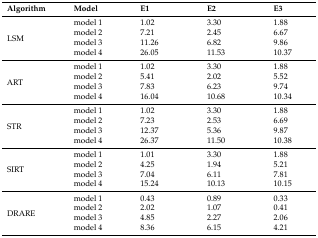
| Algorithm | Model | E1 | E2 | E3 |
 | --- | --- | --- | --- | --- |
 | <ROWSPAN=4> LSM | model 1 | 1.02 | 3.30 | 1.88 |
 | model 2 | 7.21 | 2.45 | 6.67 |
 | model 3 | 11.26 | 6.82 | 9.86 |
 | model 4 | 26.05 | 11.53 | 10.37 |
 | <ROWSPAN=4> ART | model 1 | 1.02 | 3.30 | 1.88 |
 | model 2 | 5.41 | 2.02 | 5.52 |
 | model 3 | 7.83 | 6.23 | 9.74 |
 | model 4 | 16.04 | 10.68 | 10.34 |
 | <ROWSPAN=4> STR | model 1 | 1.02 | 3.30 | 1.88 |
 | model 2 | 7.23 | 2.53 | 6.69 |
 | model 3 | 12.37 | 5.36 | 9.87 |
 | model 4 | 26.37 | 11.50 | 10.38 |
 | <ROWSPAN=4> SIRT | model 1 | 1.01 | 3.30 | 1.88 |
 | model 2 | 4.25 | 1.94 | 5.21 |
 | model 3 | 7.04 | 6.11 | 7.81 |
 | model 4 | 15.24 | 10.13 | 10.15 |
 | <ROWSPAN=4> DRARE | model 1 | 0.43 | 0.89 | 0.33 |
 | model 2 | 2.02 | 1.07 | 0.41 |
 | model 3 | 4.85 | 2.27 | 2.06 |
 | model 4 | 8.36 | 6.15 | 4.21 |